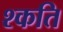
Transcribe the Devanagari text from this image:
श्कति